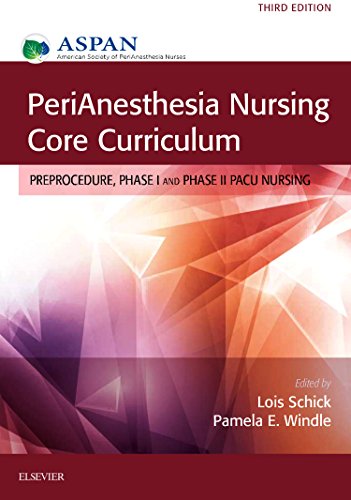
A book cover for PeriAnesthesia Nursing Core Curriculum: Preprocedure, Phase I and Phase II PACU Nursing, 3e; ASPAN; Medical Books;